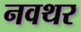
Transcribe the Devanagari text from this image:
नवथर